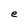
Character: e